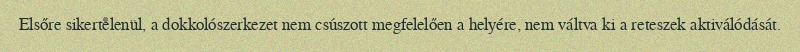
Elsőre sikertelenül, a dokkolószerkezet nem csúszott megfelelően a helyére, nem váltva ki a reteszek aktiválódását.